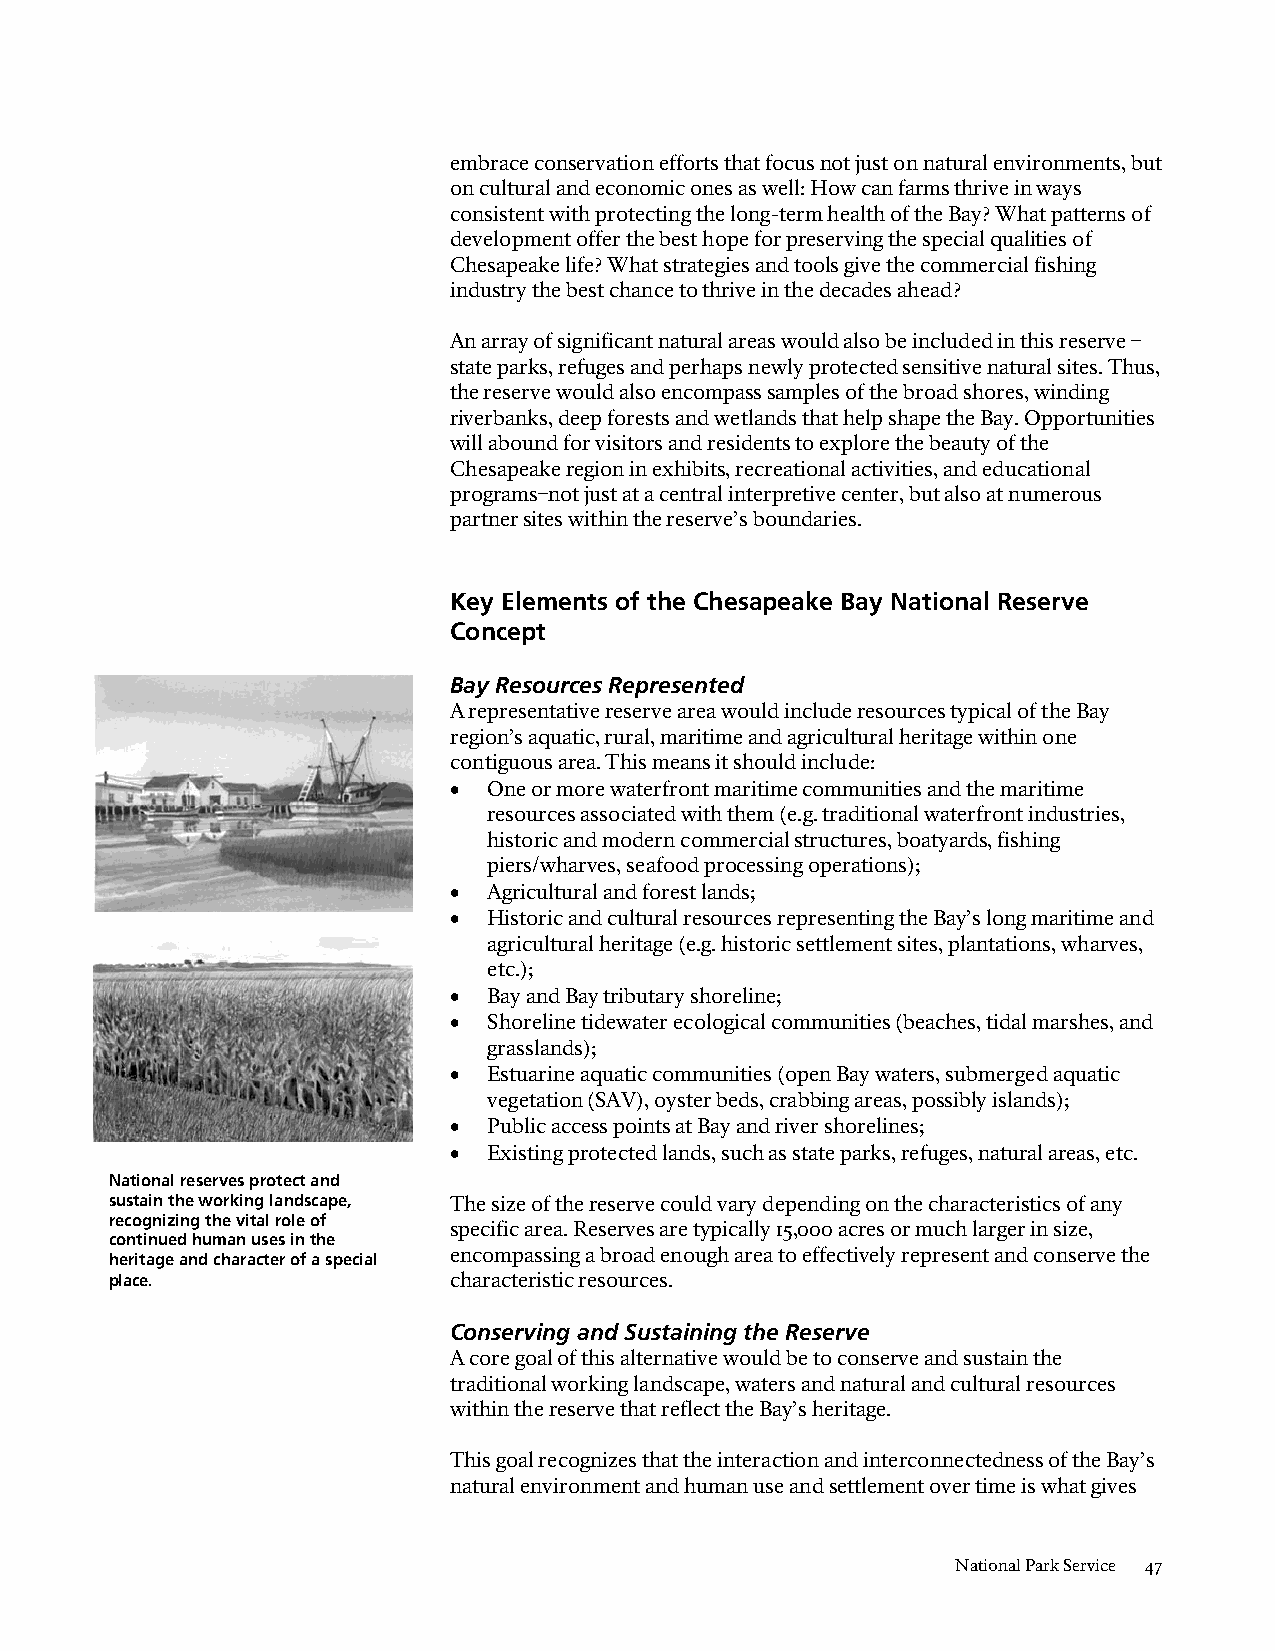
embrace conservation efforts that focus not just on natural environments, but
 on cultural and economic ones as well: How can farms thrive in ways
 consistent with protecting the long-term health of the Bay? What patterns of
 development offer the best hope for preserving the special qualities of
 Chesapeake life? What strategies and tools give the commercial fishing
 industry the best chance to thrive in the decades ahead?
 An array of significant natural areas would also be included in this reserve –
 state parks, refuges and perhaps newly protected sensitive natural sites. Thus,
 the reserve would also encompass samples of the broad shores, winding
 riverbanks, deep forests and wetlands that help shape the Bay. Opportunities
 will abound for visitors and residents to explore the beauty of the
 Chesapeake region in exhibits, recreational activities, and educational
 programs–not just at a central interpretive center, but also at numerous
 partner sites within the reserve’s boundaries.
 Key Elements of the Chesapeake Bay National Reserve
 Concept
 Bay Resources Represented
 A representative reserve area would include resources typical of the Bay
 region’s aquatic, rural, maritime and agricultural heritage within one
 contiguous area. This means it should include:
 • One or more waterfront maritime communities and the maritime
 resources associated with them (e.g. traditional waterfront industries,
 historic and modern commercial structures, boatyards, fishing
 piers/wharves, seafood processing operations);
 • Agricultural and forest lands;
 • Historic and cultural resources representing the Bay’s long maritime and
 agricultural heritage (e.g. historic settlement sites, plantations, wharves,
 etc.);
 • Bay and Bay tributary shoreline;
 • Shoreline tidewater ecological communities (beaches, tidal marshes, and
 grasslands);
 • Estuarine aquatic communities (open Bay waters, submerged aquatic
 vegetation (SAV), oyster beds, crabbing areas, possibly islands);
 • Public access points at Bay and river shorelines;
 • Existing protected lands, such as state parks, refuges, natural areas, etc.
 National reserves protect and
 sustain the working landscape, The size of the reserve could vary depending on the characteristics of any
 recognizing the vital role of
 specific area. Reserves are typically 15,000 acres or much larger in size,
 continued human uses in the
 heritage and character of a special encompassing a broad enough area to effectively represent and conserve the
 place.                 characteristic resources.
 Conserving and Sustaining the Reserve
 A core goal of this alternative would be to conserve and sustain the
 traditional working landscape, waters and natural and cultural resources
 within the reserve that reflect the Bay’s heritage.
 This goal recognizes that the interaction and interconnectedness of the Bay’s
 natural environment and human use and settlement over time is what gives
 National Park Service 47